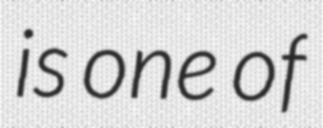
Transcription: is one of